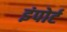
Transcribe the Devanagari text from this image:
इंपोर्ट